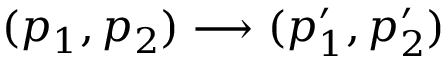
( p _ { 1 } , p _ { 2 } ) \longrightarrow ( p _ { 1 } ^ { \prime } , p _ { 2 } ^ { \prime } )